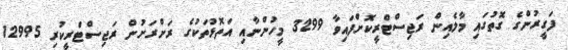
ފަގީރުންގެ ގޮތުގައި މާލެއިން ރަޖިސްޓްރީކޮށްފައިވާ 3299 މީހުންނާއި އަތޮޅުތަކުގެ ރަށްރަށުން ރަޖިސްޓްރީކުރި 12995